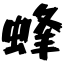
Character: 蜂